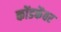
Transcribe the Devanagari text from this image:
कोंडकेंवर